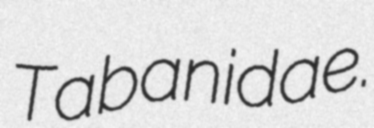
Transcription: Tabanidae.